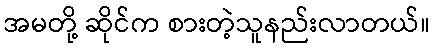
အမတို့ ဆိုင်က စားတဲ့သူနည်းလာတယ်။